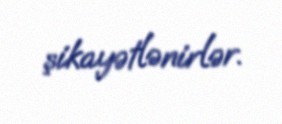
şikayətlənirlər.